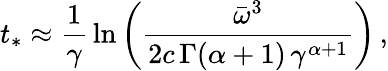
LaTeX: t_{*}\approx\frac{1}{\gamma}\, \ln\left(\frac{\bar{\omega}^{3}}{2c\, \Gamma(\alpha+1)\, \gamma^{\alpha+1}}\right)\, ,